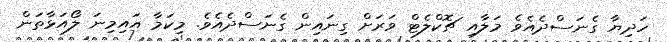
ހަދިޔާ ގެނަސްދެއެވެ މަލާއި ޗޮކްލެޓް ވަރަށް ގިނައިން ގެނަސްދެއެވެ. މިކަމާ އައިމިނަ ލޯއަޅާތަން